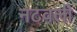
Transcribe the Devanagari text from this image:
नटवली